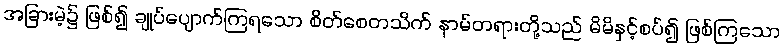
အခြားမဲ့၌ ဖြစ်၍ ချုပ်ပျောက်ကြရသော စိတ်စေတသိက် နာမ်တရားတို့သည် မိမိနှင့်စပ်၍ ဖြစ်ကြသော